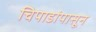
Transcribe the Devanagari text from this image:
चिपाडांपासून